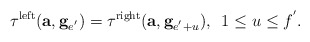
\begin{align*}\tau^{\mathrm{left}}(\textbf{a},\textbf{g}_{e^{'}})=\tau^{\mathrm{right}}(\textbf{a},\textbf{g}_{e^{'}+u}),\,\,\,1\leq u\leq f^{'}.\end{align*}